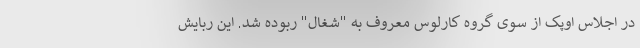
در اجلاس اوپک از سوی گروه کارلوس معروف به "شغال" ربوده شد. این ربایش